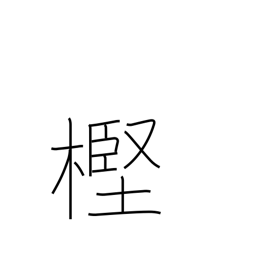
Meaning: evergreen oak